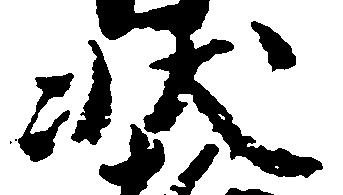
状